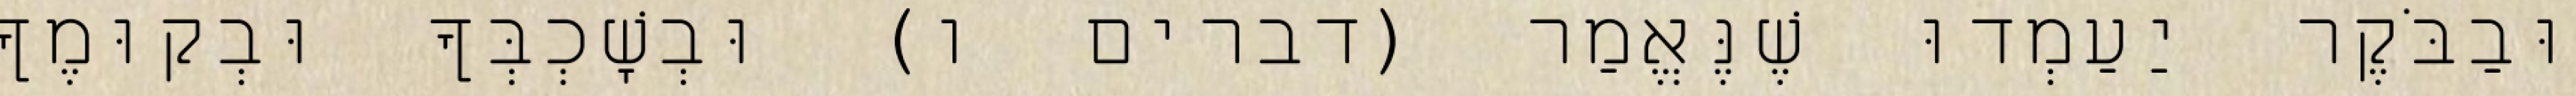
וּבַבֹּקֶר יַעַמְדוּ שֶׁנֶּאֱמַר (דברים ו) וּבְשָׁכְבְּךָ וּבְקוּמֶךָ